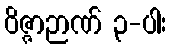
ဝိဇ္ဇာဉာဏ် ၃-ပါး